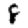
Digit: 8